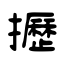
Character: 攊